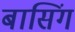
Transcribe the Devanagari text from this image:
बासिंग